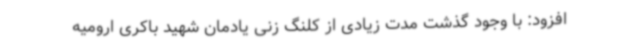
افزود: با وجود گذشت مدت زیادی از کلنگ زنی یادمان شهید باکری ارومیه